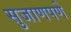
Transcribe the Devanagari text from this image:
सुजाणपणे